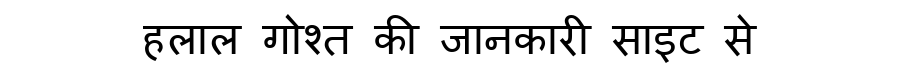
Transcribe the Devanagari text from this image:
हलाल गोश्त की जानकारी साइट से